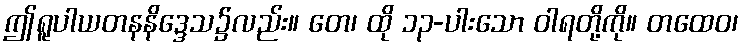
ဤရူပါယတနနိဒ္ဒေသ၌လည်း။ တေ၊ ထို ၁၃-ပါးသော ဝါရတို့ကို။ တထေဝ၊